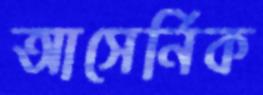
আসের্নিক